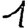
Digit: 1